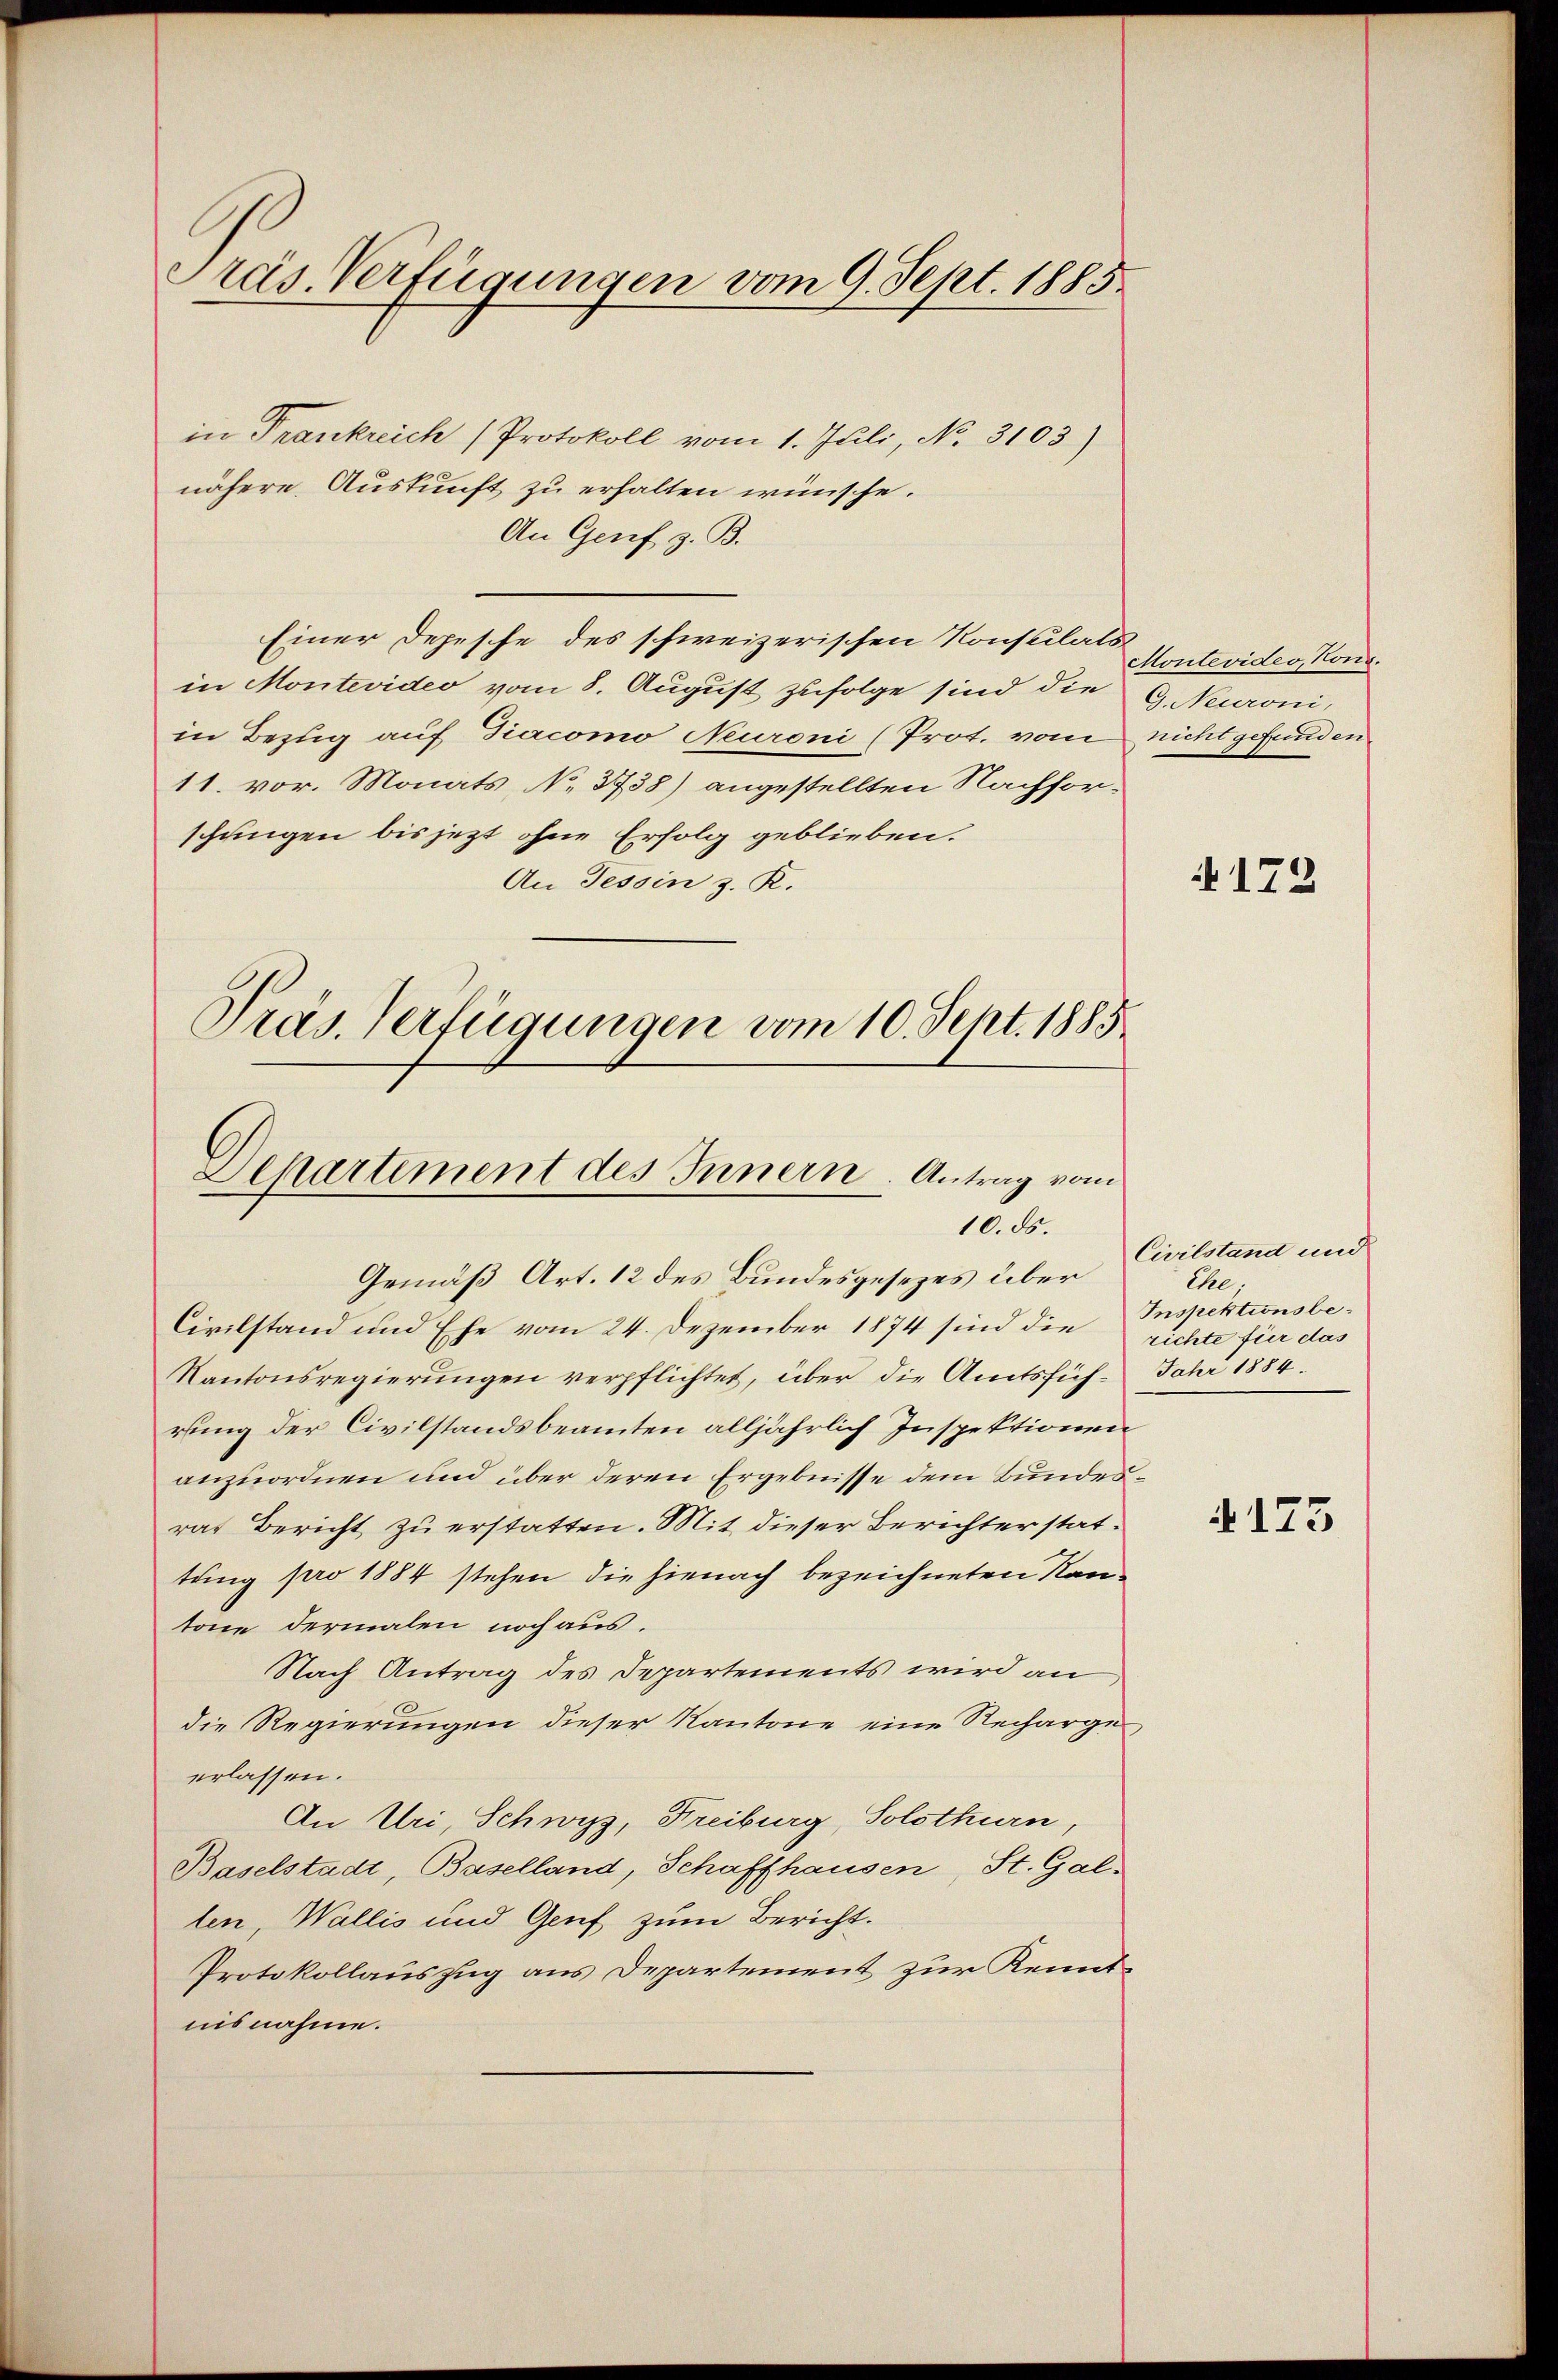
Präs. Verfügungen vom 9. Sept. 1885.

in Frankreich (Protokoll vom 1. Juli, No. 3103)
nähere Auskunft zu erhalten wünsche.
An Genf z. B.
Einer Depesche des schweizerischen Konsulats
in Montevideo vom 8. August zufolge sind die
in Bezug auf Diacomo Neuroni (Prot. vom
11. vor. Monats No 3738) angestellten Nachforschungen bis jezt ohne Erfolg geblieben.
An Tessin z. R.
Präs. Verfügungen vom 10. Sept. 1885

Separtement des Innern. Antrag vom
10. ds.

Gemäß Art. 12 des Bundesgesezes über
Civilstand und Ehe vom 24. Dezember 1874 sind die
Kantonsregierungen verpflichtet, über die Amtsfüh- Jahr 1884.
rung der Civilstandsbeamten alljährlich Inspektionen
anzuordnen und über deren Ergebnisse dem Bundesrat Bericht zu erstatten. Mit dieser Berichter stattung pro 1884 stehen die hienach bezeichneten Kantone dermalen noch aus.
Nach Antrag des Departements wird an
die Regierungen dieser Kantone eine Rechargeerlassen.
An Uri, Schwyz, Freiburg, Solothurn,
Baselstadt, Baselland, Schaffhausen, St. Gal-
len, Wallis und Genf zum Bericht.
Protokollauszug aus Departement zur Kenntnisnahme.

Montevides, Kong.
G. Neuroni,
nicht gefunden

4172

Civilstand und
Ehe,
Inspektionsberichte für das

4173